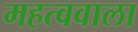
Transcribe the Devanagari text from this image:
महत्ववाला